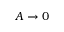
A \to 0